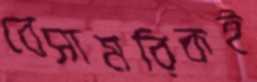
বেসামরিকই